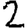
Digit: 2